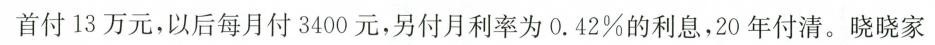
首付13万元，以后每月付3400元，另付月利率为0.42\%的利息，20年付清。晓晓家